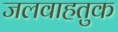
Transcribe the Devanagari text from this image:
जलवाहतुक